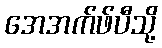
အေအက်ဖ်ပီသို့